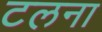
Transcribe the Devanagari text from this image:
टलना